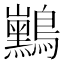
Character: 𱉃